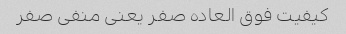
کیفیت فوق العاده صفر یعنی منفی صفر